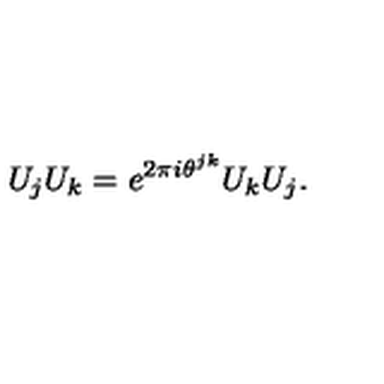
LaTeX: U _ { j } U _ { k } = e ^ { 2 \pi i \theta ^ { j k } } U _ { k } U _ { j } .